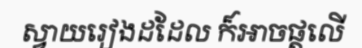
ស្វាយរៀងដដែល ក៏អាចផ្តលើ